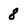
Character: 8